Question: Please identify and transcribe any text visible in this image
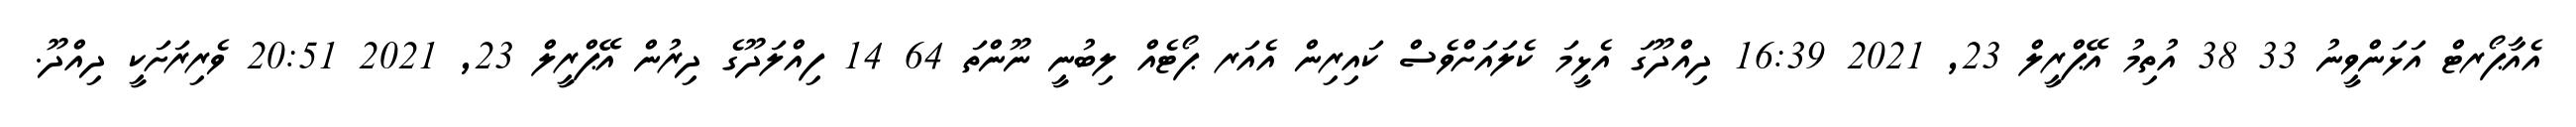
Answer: އެއާޕޯރޓް އަޅަންވީނު 33 38 އުތިމު އޭޕްރީލް 23, 2021 16:39 ދިއްދޫގަ އެޅީމަ ކެލައަށްވެސް ކައިރިން އެއަރ ޕޯޓެއް ލިބުނީ ނޫންތަ 64 14 ފިއްލަދޫގެ ދިރުން އޭޕްރީލް 23, 2021 20:51 ވެރިރަށަކީ ދިއްދޫ.